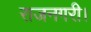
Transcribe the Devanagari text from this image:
राजनगरी।